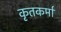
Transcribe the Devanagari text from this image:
कृतकर्मा